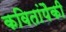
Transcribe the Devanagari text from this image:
कवितांपैकी